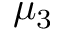
\mu _ { 3 }